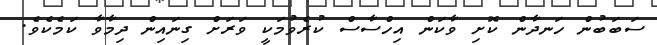
ސަބަބުން ހަނދާން ކޮށި ވާކަން އިހްސާސް ކުރެވުމަކީ ވަރަށް ގިނައިން ދިމާވާ ކަމެކެވެ.